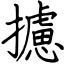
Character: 攄